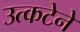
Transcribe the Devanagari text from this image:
उत्कटेने